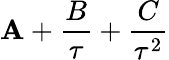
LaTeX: \mathbf{A}+\frac{{B}}{{\tau}}+\frac{{C}}{{\tau^{2}}}